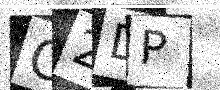
Text: O2DP